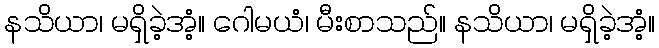
နသိယာ၊ မရှိခဲ့အံ့။ ဂေါမယံ၊ မီးစာသည်။ နသိယာ၊ မရှိခဲ့အံ့။